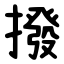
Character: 撥